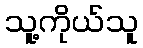
သူ့ကိုယ်သူ